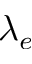
\lambda _ { e }